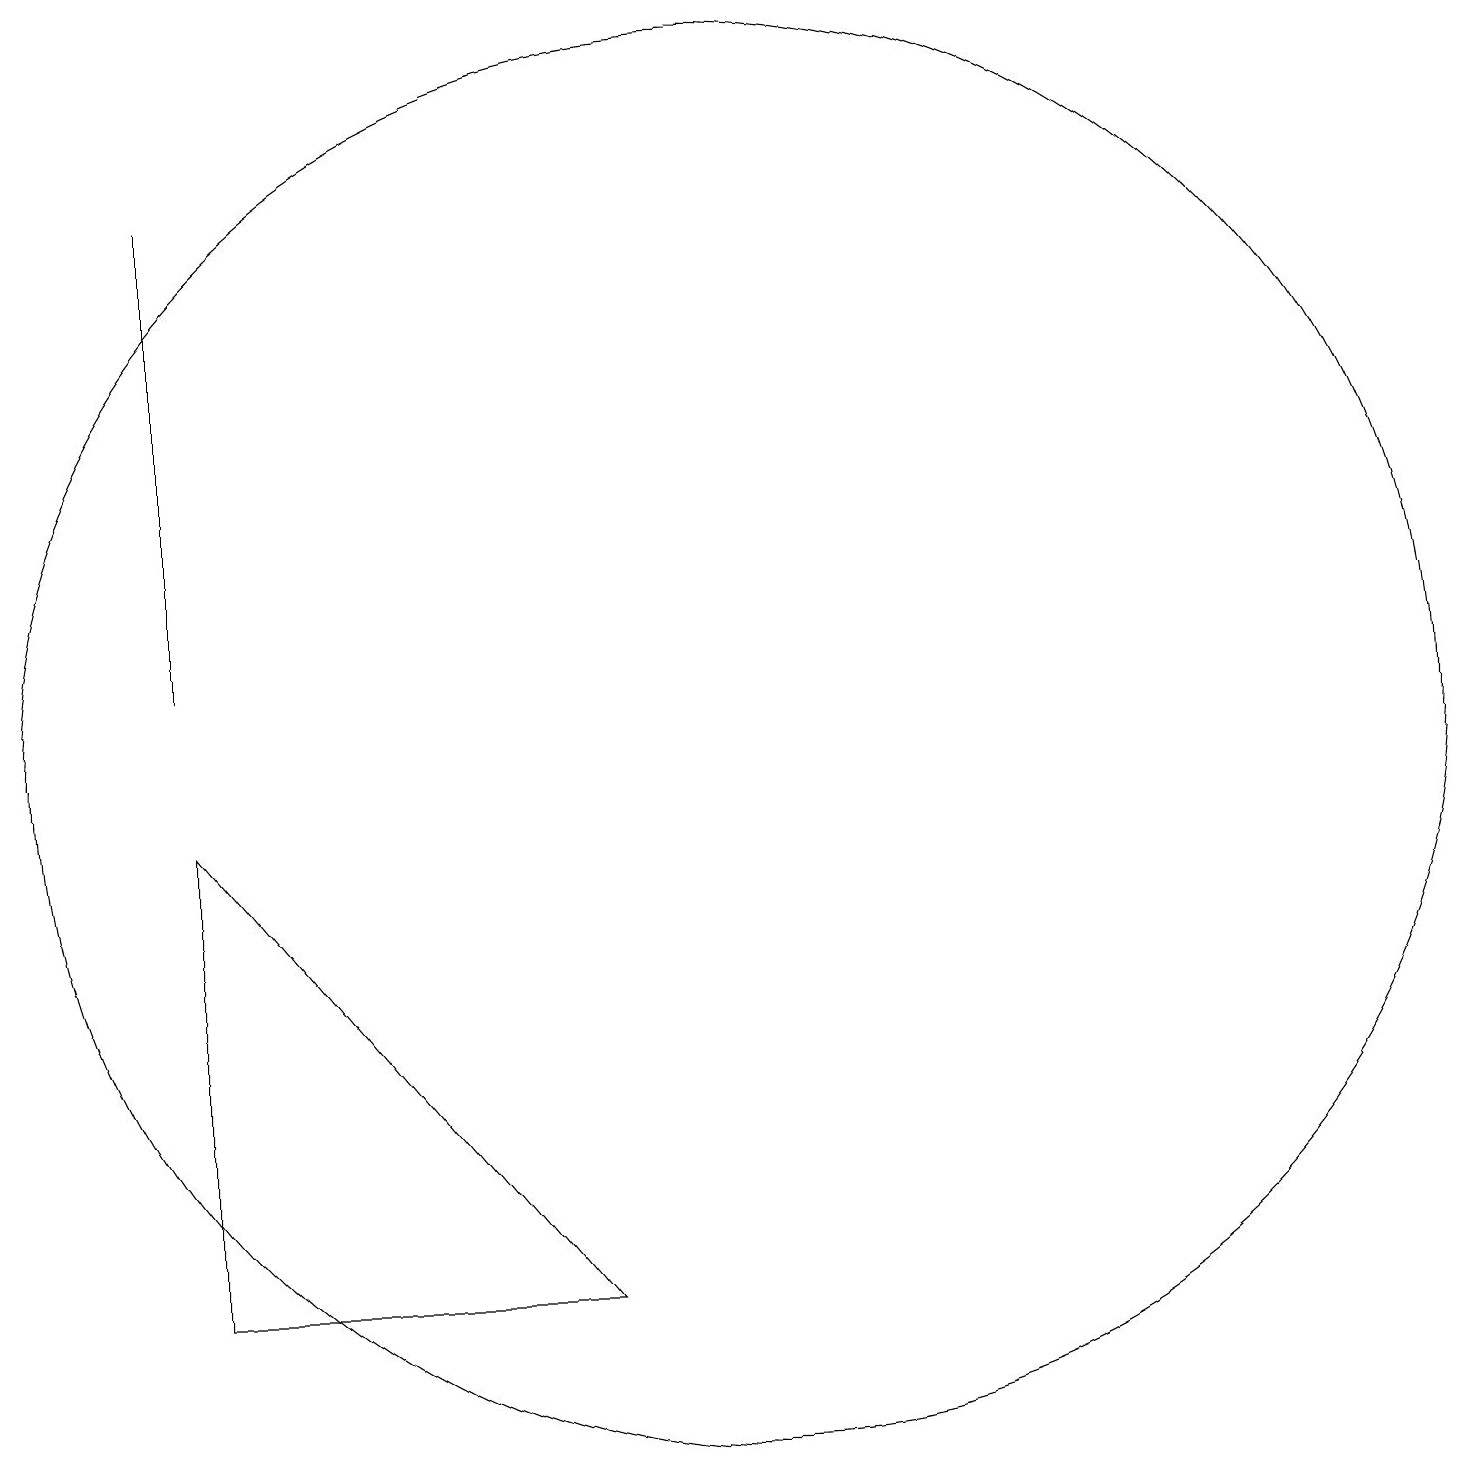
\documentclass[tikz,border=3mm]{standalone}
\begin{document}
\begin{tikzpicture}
\draw (3,17) rectangle (3,11);
\draw (10,10) circle (9);
\draw (3,3) -- (3,9) -- (8,3) -- cycle;
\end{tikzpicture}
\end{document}